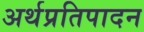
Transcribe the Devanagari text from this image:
अर्थप्रतिपादन